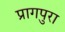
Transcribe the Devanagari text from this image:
प्रागपुरा